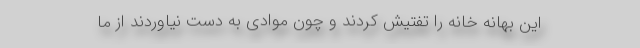
این بهانه خانه را تفتیش کردند و چون موادی به ‌دست نیاوردند از ما